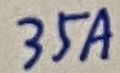
Text: 35A